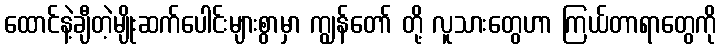
ထောင်နဲ့ချီတဲ့မျိုးဆက်ပေါင်းများစွာမှာ ကျွန်တော် တို့ လူသားတွေဟာ ကြယ်တာရာတွေကို